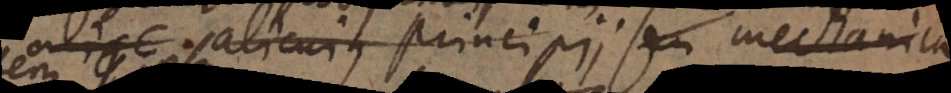
io alicujusque principii seu mechanica